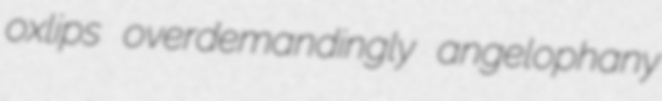
oxlips overdemandingly angelophany